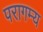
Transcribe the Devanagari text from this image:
परागम्य